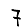
Digit: 7